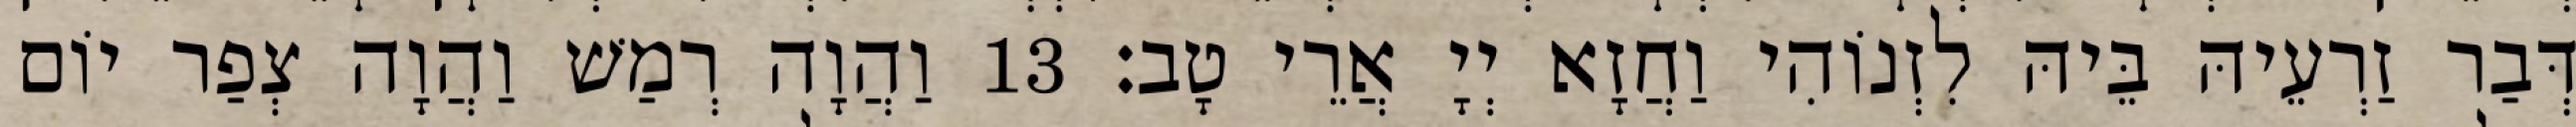
דְּבַר זַרְעֵיהּ בֵּיהּ לִזְנוֹהִי וַחֲזָא יְיָ אֲרֵי טָב׃ 13 וַהֲוָה רְמַשׁ וַהֲוָה צְפַר יוֹם